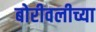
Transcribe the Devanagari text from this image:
बोरीवलीच्या